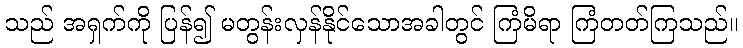
သည် အရှက်ကို ပြန်၍ မတွန်းလှန်နိုင်သောအခါတွင် ကြံမိရာ ကြံတတ်ကြသည်။